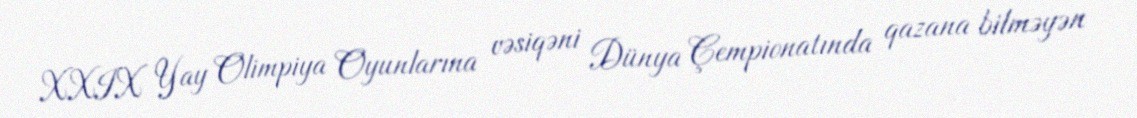
XXIX Yay Olimpiya Oyunlarına vəsiqəni Dünya Çempionatında qazana bilməyən